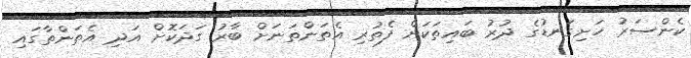
ކެންސަރު ހަށިގަނޑުގެ ދުރު ބައިތަކަށް ފެތުރި އެތަންތަނަށް ބާރު ގަދަކޮށް އަދި އެތަންތާގައި